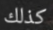
كذلك